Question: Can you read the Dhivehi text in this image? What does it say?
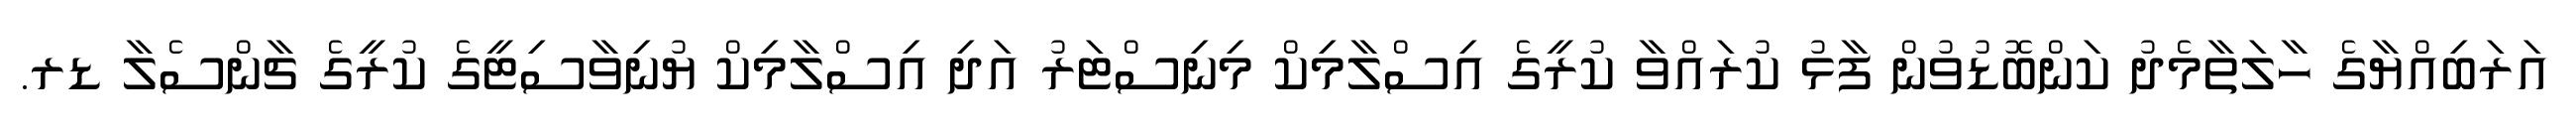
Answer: އަރަބިއްޔާގެ ހާލަތާމެދު ކަންބޮޑުވުން ފާޅު ކުރައްވާ ކުރީގެ އިސްލާމިކް މިނިސްޓަރު އަދި އިސްލާމިކް ޔުނިވާސިޓީގެ ކުރީގެ ޗާންސެލާ ޑރ.